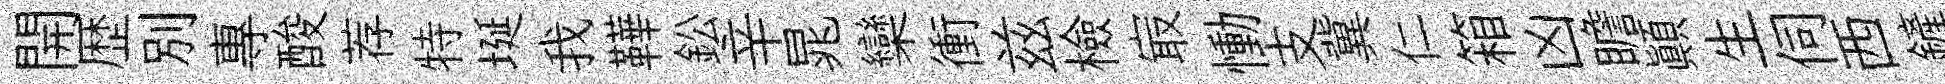
開歴别專酸荐特埏我鞾鈆辛晁欒衝兹檢㝡慟支冀仁箱凶瞻顛生伺西鏟